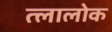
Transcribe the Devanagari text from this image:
त्लालोक